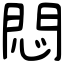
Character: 悶